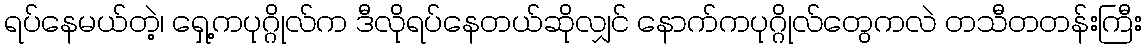
ရပ်နေမယ်တဲ့၊ ရှေ့ကပုဂ္ဂိုလ်က ဒီလိုရပ်နေတယ်ဆိုလျှင် နောက်ကပုဂ္ဂိုလ်တွေကလဲ တသီတတန်းကြီး